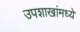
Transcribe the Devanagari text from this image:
उपशाखांमध्ये